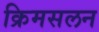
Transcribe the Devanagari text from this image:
क्रिमसलन